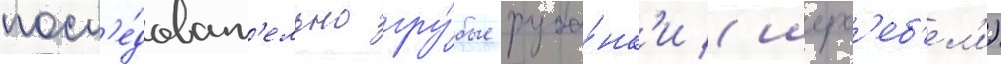
посл'е́доват'ельно гру́бые руба́нк'и (шерх'еб'ел'и)